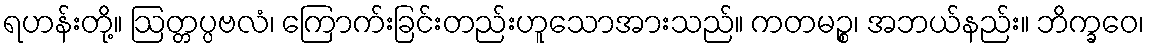
ရဟန်းတို့။ ဩတ္တပ္ပဗလံ၊ ကြောက်းခြင်းတည်းဟူသောအားသည်။ ကတမဉ္စ၊ အဘယ်နည်း။ ဘိက္ခဝေ၊